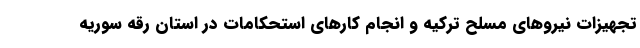
تجهیزات نیروهای مسلح ترکیه و انجام کارهای استحکامات در استان رقه سوریه